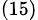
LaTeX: _{(15)}